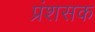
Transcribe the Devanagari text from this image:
प्रंशसक